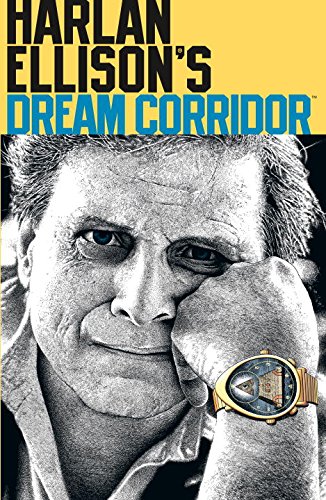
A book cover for Harlan Ellison's Dream Corridor Volume 2 (v. 2); Harlan Ellison; Comics & Graphic Novels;